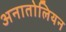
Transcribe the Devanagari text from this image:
अनातोलियन